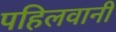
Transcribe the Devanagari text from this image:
पहिलवानी